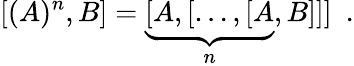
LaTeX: [(A)^{n},B]=\underbrace{[A,[\ldots,[A}_{n},B]]]~~.